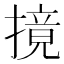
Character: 摬